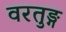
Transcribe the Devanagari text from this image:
वरतुङ्ग